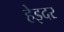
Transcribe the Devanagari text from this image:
हेइदर